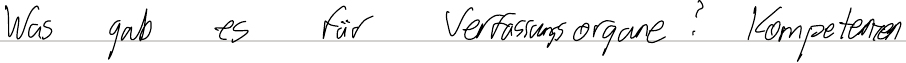
Was gab es für Verfassungsorgane? Kompetenzen